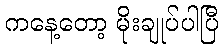
ကနေ့တော့ မိုးချုပ်ပါပြီ